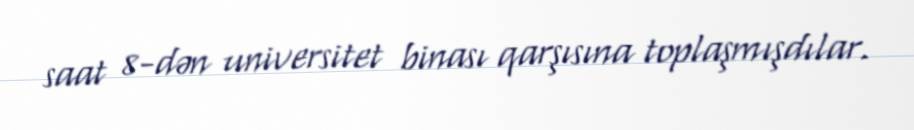
saat 8-dən universitet binası qarşısına toplaşmışdılar.